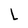
Character: L